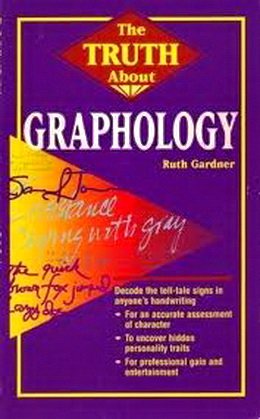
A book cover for The Truth About Graphology (Truth About Series); Ruth Gardner; Self-Help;